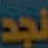
نجد